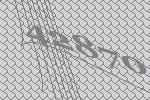
42870